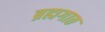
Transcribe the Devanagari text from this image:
ब्रह्मगाठ